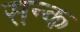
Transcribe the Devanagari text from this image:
सन्क